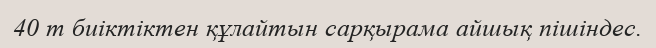
40 m биіктіктен құлайтын сарқырама айшық пішіндес.